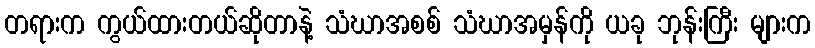
တရားက ကွယ်ထားတယ်ဆိုတာနဲ့ သံဃာအစစ် သံဃာအမှန်ကို ယခု ဘုန်းကြီး များက